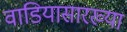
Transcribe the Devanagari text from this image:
वाडियासारख्या